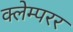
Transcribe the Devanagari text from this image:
क्लेम्परर